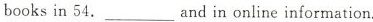
booksin 54.and____in online information.